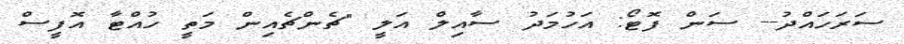
ސަރަހައްދު-- ސަން ފޮޓޯ: އަހުމަދު ސާއިލް އަލީ "ޗެންޗެއިން މަތީ ހުއްޓާ އޮފީސް